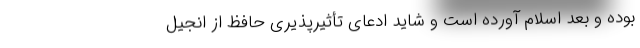
بوده و بعد اسلام آورده است و شاید ادعای تأثیر‌پذیری حافظ از انجیل